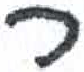
אות: ר